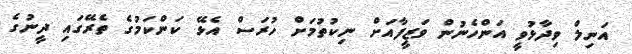
އަނިލް ވިދާޅުވީ އަންހެނުން ވަޒީފާއަށް ނިކުތުމަށް ހުރަސް އެޅޭ ކަންކަމުގެ ތެރޭގައި ދީނުގެ